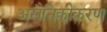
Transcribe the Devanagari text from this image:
असैनिकीकरण